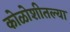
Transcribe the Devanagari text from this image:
कोळोशीतल्या